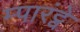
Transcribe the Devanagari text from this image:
म्पारंट्वे